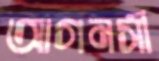
আগনসী